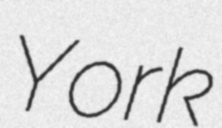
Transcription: York